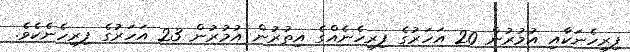
ފިރިހެނަކާއި އުމުރުން 20 އަހަރުގެ ފިރިހެނެއްގެ އިތުރުން އުމުރުން 23 އަހަރުގެ ފިރިހެނެކެވެ.